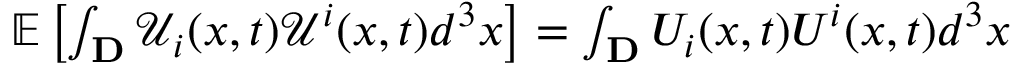
\begin{array} { r } { \mathbb { E } \left[ \int _ { \mathbf { D } } \mathcal { U } _ { i } ( x , t ) \mathcal { U } ^ { i } ( x , t ) d ^ { 3 } x \right] = \int _ { \mathbf { D } } U _ { i } ( x , t ) U ^ { i } ( x , t ) d ^ { 3 } x } \end{array}